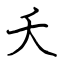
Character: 夭